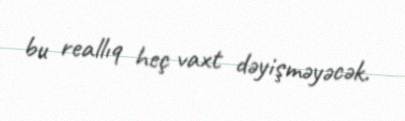
bu reallıq heç vaxt dəyişməyəcək.